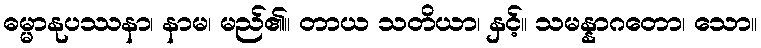
ဓမ္မာနုပဿနာ၊ နာမ၊ မည်၏။ တာယ သတိယာ၊ နှင့်။ သမန္နာဂတော၊ သော။